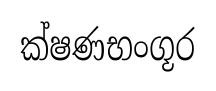
ක්ෂණභංගූර